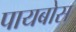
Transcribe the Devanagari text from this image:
पायबोस